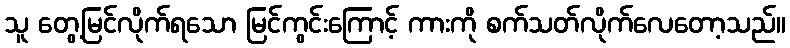
သူ တွေ့မြင်လိုက်ရသော မြင်ကွင်းကြောင့် ကားကို စက်သတ်လိုက်လေတော့သည်။